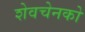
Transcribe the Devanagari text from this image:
शेवचेनको